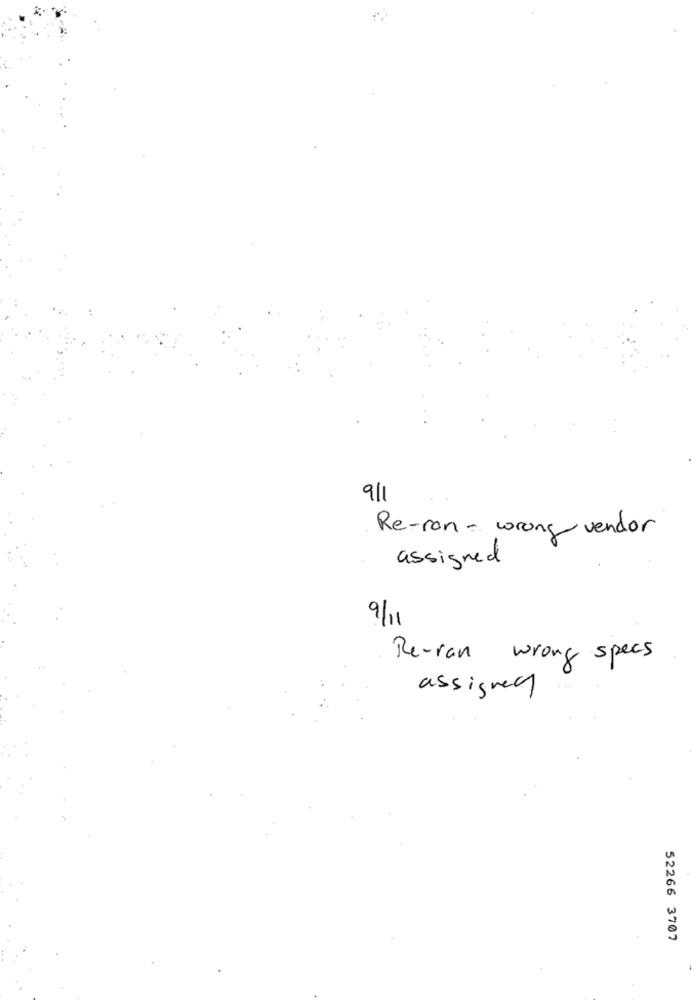
9/1
Re-ron- wrong vendor
assigned
9/11
Re-ran wrong specs
assigned
52266 3707